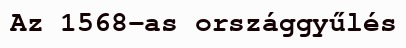
Az 1568-as országgyűlés